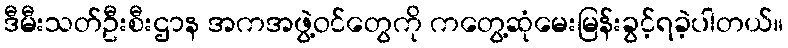
ဒီမီးသတ်ဦးစီးဌာန အကအဖွဲ့ဝင်တွေကို ကတွေ့ဆုံမေးမြန်းခွင့်ရခဲ့ပါတယ်။